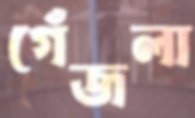
গেঁজলা